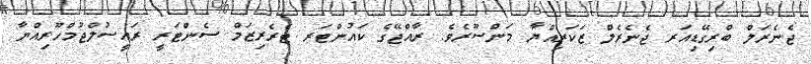
ޖެނެރަލް ބްރިގޭޑިއަރ ޖެނެރެލް ޒަކަރިއްޔާ މަންސޫރެވެ. ރާއްޖޭގެ ކައުންޓަރ ޓެރެރިޒަމް ސެންޓަރީ ރައީސުލްޖުމްހޫރިއްޔާ